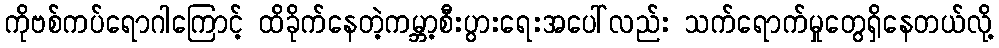
ကိုဗစ်ကပ်ရောဂါကြောင့် ထိခိုက်နေတဲ့ကမ္ဘာ့စီးပွားရေးအပေါ်လည်း သက်ရောက်မှုတွေရှိနေတယ်လို့